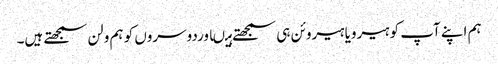
ہم اپنے آپ کو ہیرویا ہیروئن ہی سمجھتے ہیںاوردوسروں کو ہم ولن سمجھتے ہیں۔